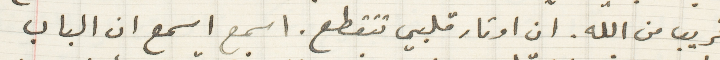
قريب من الله. ان اوتار قلبي تتقطع. اسمع اسمع ان الباب